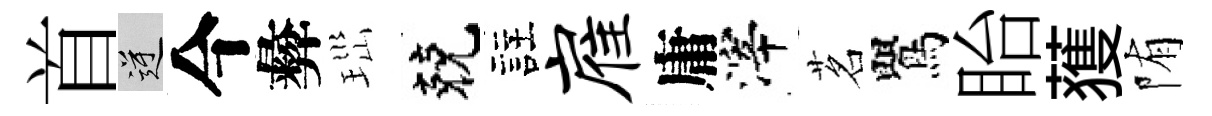
首逆今彜𤤼兢註雇庸滓茗鸎眙𫉬陏